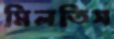
মিলতিস